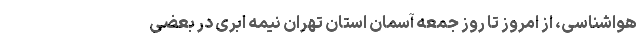
هواشناسی، از امروز تا روز جمعه آسمان استان تهران نیمه ابری در بعضی